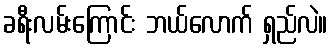
ခရီးလမ်းကြောင်း ဘယ်လောက် ရှည်လဲ။